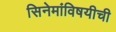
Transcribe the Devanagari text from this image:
सिनेमांविषयीची